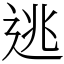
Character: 逃